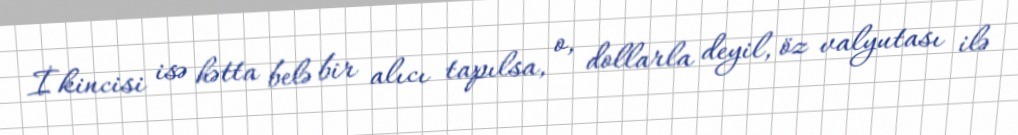
İkincisi isə hətta belə bir alıcı tapılsa, o, dollarla deyil, öz valyutası ilə